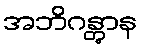
အဘိဂန္တွာန